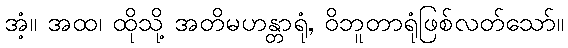
အံ့။ အထ၊ ထိုသို့ အတိမဟန္တာရုံ, ဝိဘူတာရုံဖြစ်လတ်သော်။